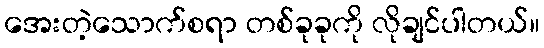
အေးတဲ့သောက်စရာ တစ်ခုခုကို လိုချင်ပါတယ်။